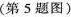
(第5题图)